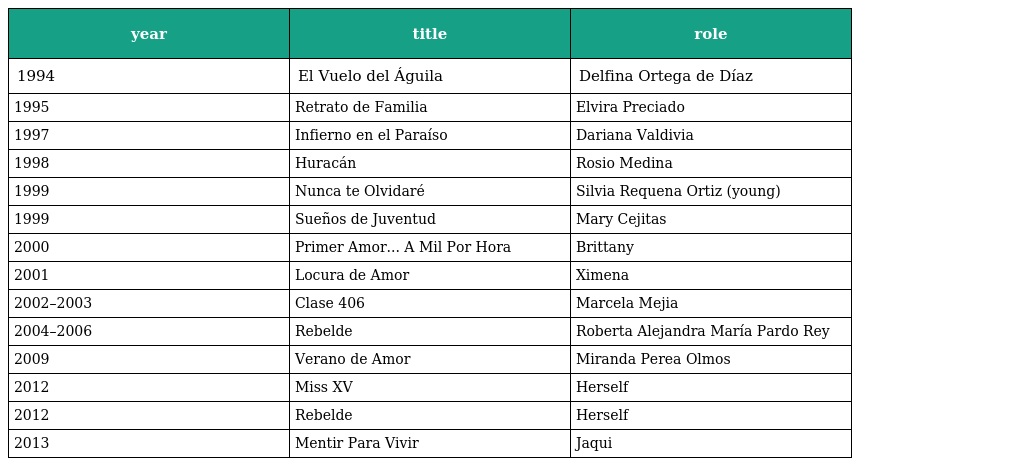
| year | title | role |
 | --- | --- | --- |
 | 1994 | El Vuelo del Águila | Delfina Ortega de Díaz |
 | 1995 | Retrato de Familia | Elvira Preciado |
 | 1997 | Infierno en el Paraíso | Dariana Valdivia |
 | 1998 | Huracán | Rosio Medina |
 | 1999 | Nunca te Olvidaré | Silvia Requena Ortiz (young) |
 | 1999 | Sueños de Juventud | Mary Cejitas |
 | 2000 | Primer Amor... A Mil Por Hora | Brittany |
 | 2001 | Locura de Amor | Ximena |
 | 2002–2003 | Clase 406 | Marcela Mejia |
 | 2004–2006 | Rebelde | Roberta Alejandra María Pardo Rey |
 | 2009 | Verano de Amor | Miranda Perea Olmos |
 | 2012 | Miss XV | Herself |
 | 2012 | Rebelde | Herself |
 | 2013 | Mentir Para Vivir | Jaqui |